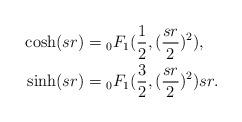
LaTeX: \begin{align*} \cosh(sr)&={}_0F_1(\frac{1}{2},(\frac{sr}{2})^2),\\ \sinh(sr)&= {}_0F_1(\frac{3}{2},(\frac{sr}{2})^2)sr. \end{align*}